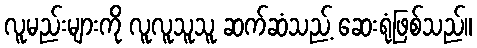
လူမည်းများကို လူလူသူသူ ဆက်ဆံသည့် ဆေးရုံဖြစ်သည်။